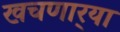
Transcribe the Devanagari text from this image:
खचणार्‍या